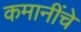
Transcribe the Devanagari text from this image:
कमानींचे